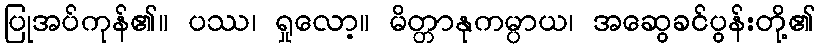
ပြုအပ်ကုန်၏။ ပဿ၊ ရှုလော့။ မိတ္တာနုကမ္ပာယ၊ အဆွေခင်ပွန်းတို့၏